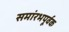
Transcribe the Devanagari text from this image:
समांरभपूर्वक